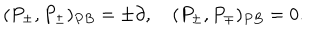
( P _ { \pm } , P _ { \pm } ) _ { P B } = \pm \partial , \quad ( P _ { \pm } , P _ { \mp } ) _ { P B } = 0 .